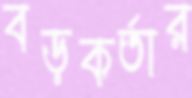
বড়কর্তার